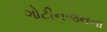
ગોટીનજનના